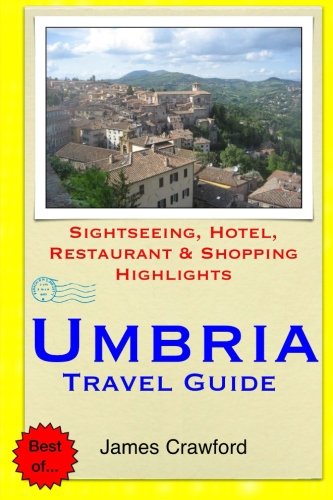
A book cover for Umbria Travel Guide: Sightseeing, Hotel, Restaurant & Shopping Highlights; James Crawford; Travel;